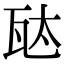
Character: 𬎦